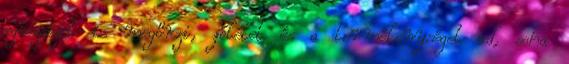
egészséget is megőrzi, jólétet és a termékenységet ad, soha